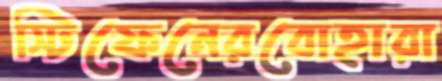
স্টিফেনেরবোহারা